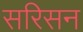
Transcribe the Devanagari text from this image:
सरिसन